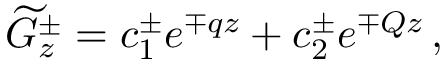
\widetilde { G } _ { z } ^ { \pm } = c _ { 1 } ^ { \pm } e ^ { \mp q z } + c _ { 2 } ^ { \pm } e ^ { \mp Q z } \, ,